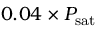
0 . 0 4 \times P _ { \mathrm { s a t } }